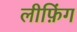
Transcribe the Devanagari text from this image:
लीफ़िंग